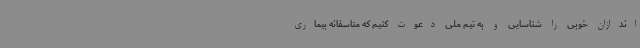
اندازان خوبی را شناسایی و به تیم ملی دعوت کنیم که متاسفانه بیماری